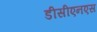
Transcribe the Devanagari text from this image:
डीसीएनएस